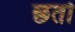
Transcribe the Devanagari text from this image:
छतो